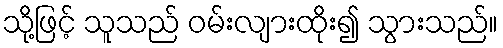
သို့ဖြင့် သူသည် ဝမ်းလျားထိုး၍ သွားသည်။